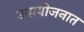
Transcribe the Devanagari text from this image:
उपायोजनात